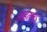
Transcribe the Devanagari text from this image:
अइल्लऽ